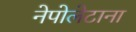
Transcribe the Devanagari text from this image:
नेपोलेटाना